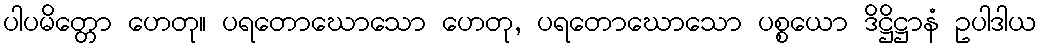
ပါပမိတ္တော ဟေတု။ ပရတောဃောသော ဟေတု, ပရတောဃောသော ပစ္စယော ဒိဋ္ဌိဋ္ဌာနံ ဥပါဒါယ